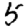
Digit: 5